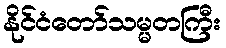
နိုင်ငံတော်သမ္မတကြီး